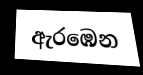
ඇරඹෙන